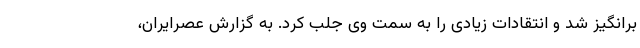
برانگیز شد و انتقادات زیادی را به سمت وی جلب کرد. به گزارش عصرایران،